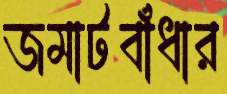
জমাটবাঁধার